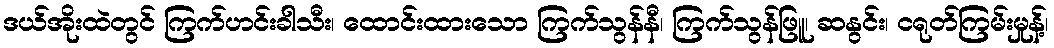
ဒယ်အိုးထဲတွင် ကြက်ဟင်းခါသီး၊ ထောင်းထားသော ကြက်သွန်နီ၊ ကြက်သွန်ဖြူ၊ ဆနွင်း၊ ငရုတ်ကြမ်းမှုန့်၊